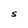
Character: S